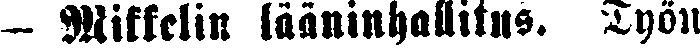
- Mikkelin lääninhallitus. Työn